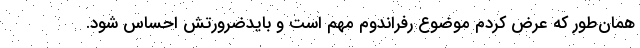
همان‌طور که عرض کردم موضوع رفراندوم مهم است و بایدضرورتش احساس شود.